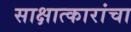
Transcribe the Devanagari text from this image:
साक्षात्कारांचा